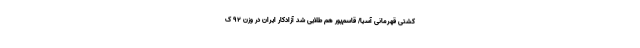
کشتی قهرمانی آسیا/ قاسم‌پور هم طلایی شد آزادکار ایران در وزن ۹۲ ک